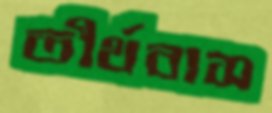
তীর্থবাস